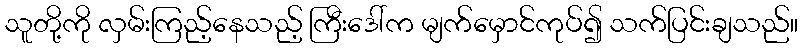
သူတို့ကို လှမ်းကြည့်နေသည့် ကြီးဒေါ်က မျက်မှောင်ကုပ်၍ သက်ပြင်းချသည်။